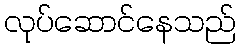
လုပ်ဆောင်နေသည်